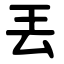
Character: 丟